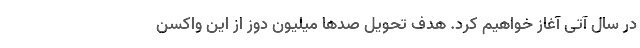
در سال آتی آغاز خواهیم کرد. هدف تحویل صدها میلیون دوز از این واکسن